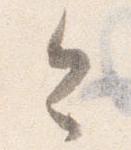
今